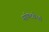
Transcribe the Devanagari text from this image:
सॉफ्टवेरर्स